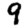
Digit: 9